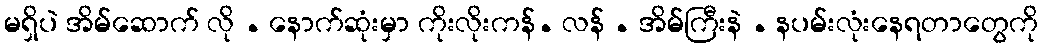
မရှိပဲ အိမ်ဆောက် လို . နောက်ဆုံးမှာ ကိုးလိုးကန်. လန် . အိမ်ကြီးနဲ . နပမ်းလုံးနေရတာတွေကို